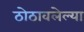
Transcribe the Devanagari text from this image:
ठोठावलेल्या